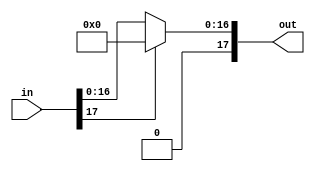
`timescale 1ns / 1ps
// ReLU unit for conv
// attention: only one number

module ReLU_unit#(parameter WIDTH = 9)
(
    input signed [2*WIDTH-1:0] in,
    output [2*WIDTH-1:0] out
);

reg [2*WIDTH-1:0] out_buffer;

always@(*)
begin
    if (in[2*WIDTH-1] == 1)
        out_buffer <= 0;
    else
        out_buffer <= in;
end

assign out = out_buffer;

endmodule